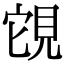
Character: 䙾